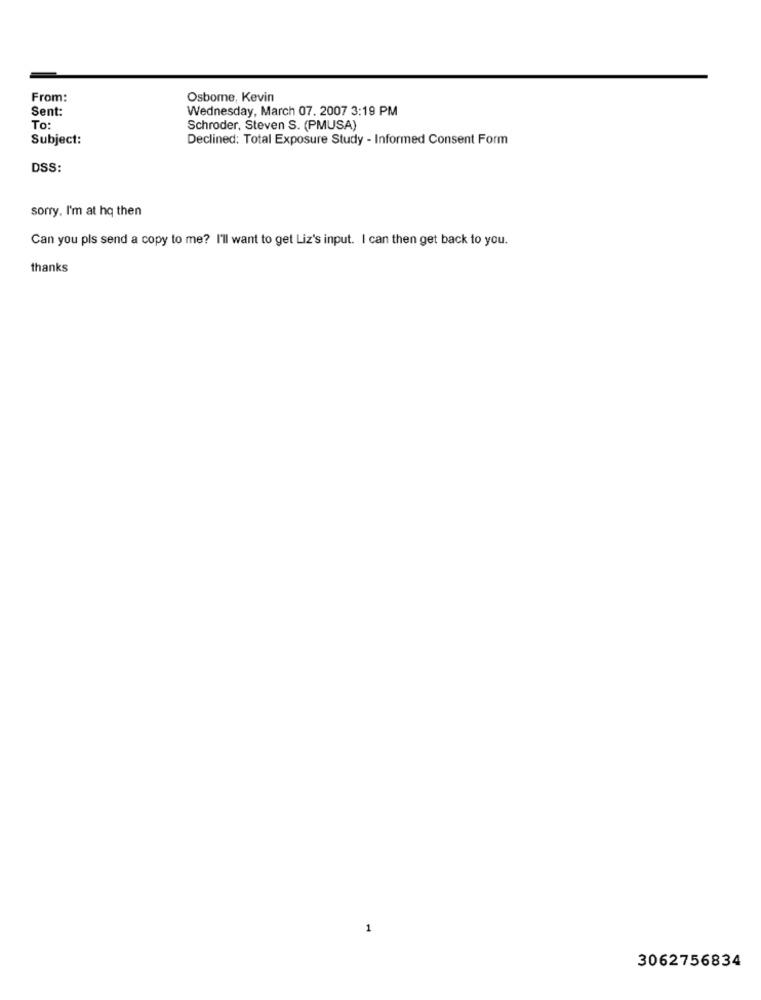
From:
Osbome, Kevin
Sent:
Wednesday, March 07. 2007 3:19 PM
To:
Schroder, Steven S. (PMUSA)
Subject:
Declined: Total Exposure Study - Informed Consent Form
DSS:
sorry, I'm at hq then
Can you pls send a copy to me? I'll want to get Liz's input. I can then get back to you.
thanks
1
3062756834